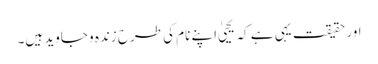
اور حقیقت یہی ہے کہ یحییٰ اپنے نام کی طرح زندہ و جاوید ہیں۔